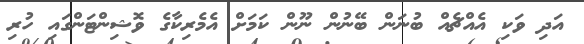
އަދި ވަކި އެއްޗެއް ބުނަން ބޭނުން ނޫން ކަމަށް އެމެރިކާގެ ވޮޝިންޓަންގައި ހުރި